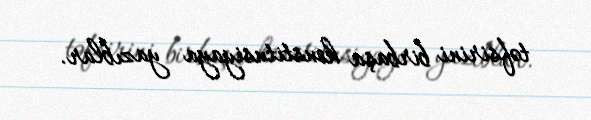
təfsirini birbaşa konstitusiyaya yazıblar.